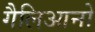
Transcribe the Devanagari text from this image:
गैलिआनो